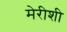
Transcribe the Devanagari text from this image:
मेरीशी